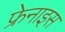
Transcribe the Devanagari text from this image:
फ्रेनाइस